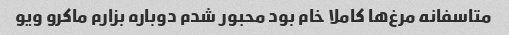
متاسفانه مرغ‌ها کاملا خام بود محبور شدم دوباره بزارم ماکرو ویو